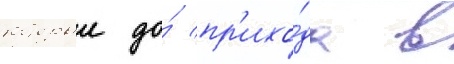
которыи до́ пр'ихо́да в